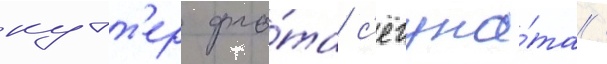
кутт'ер фло́та с'ёгуна́та /